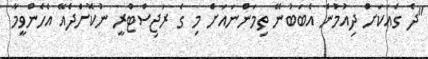
"ދެ ގެއަކަށް ދިއުމުން އެބަބުނޭ ތިމަންނައަށް މި ގެ ރަޖިސްޓްރީ ނުކޮށްދެއޭ އެހެންވީމާ